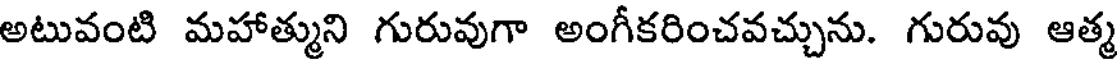
అటువంటి మహాత్ముని గురువుగా అంగీకరించవచ్చును. గురువు ఆత్మ